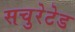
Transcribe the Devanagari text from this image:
सचुरेटेड